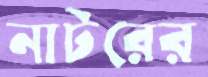
নাটরের